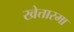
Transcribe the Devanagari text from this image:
खेत्तारमा